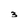
Character: 3